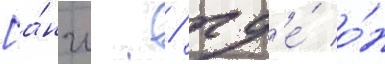
[а́нгл. / гд'е́ о́н